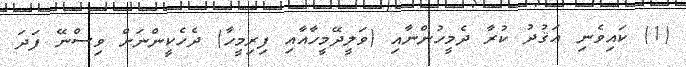
(1) ކައިވެނި ޢަޤުދު ކުރާ ދެމީހުންނާއި (ވަލީދޭމީހާއާއި ފިރިމީހާ) ދެހެކީންނަށް ވިސްނޭ ފަދަ